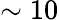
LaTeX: \sim 10